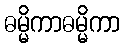
ဓမ္မိကာဓမ္မိကာ